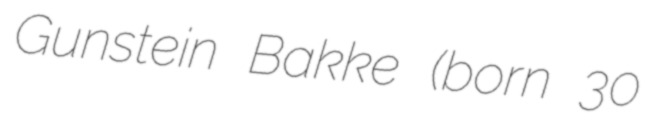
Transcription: Gunstein Bakke (born 30